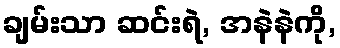
ချမ်းသာ ဆင်းရဲ, အနဲနဲကို,